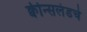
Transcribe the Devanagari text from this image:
क्वीन्सलंडचे